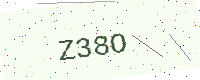
Text: Z38O